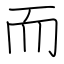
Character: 而